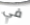
في